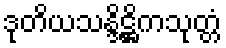
ဒုတိယသန္ဒိဋ္ဌိကသုတ္တံ